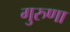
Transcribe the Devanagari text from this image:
गुरुणा